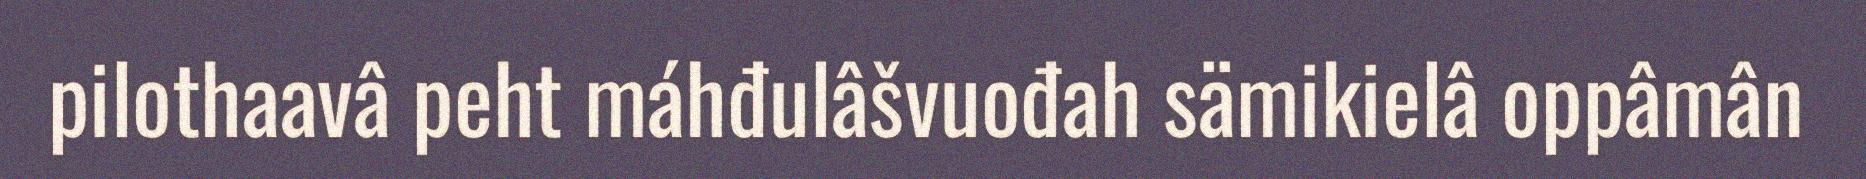
pilothaavâ peht máhđulâšvuođah sämikielâ oppâmân